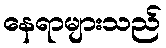
နေရာများသည်